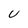
Character: U